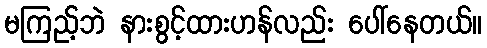
မကြည့်ဘဲ နားစွင့်ထားဟန်လည်း ပေါ်နေတယ်။